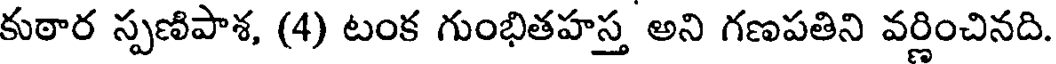
కుఠార స్పణిపాశ, (4) టంక గుంభితహస్త అని గణపతిని వర్ణించినది